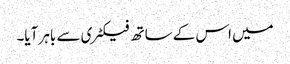
میں اس کے ساتھ فیکٹری سے باہر آیا۔